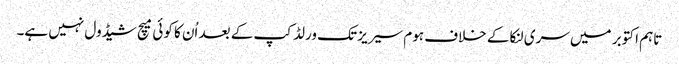
تاہم اکتوبر میں سری لنکا کے خلاف ہوم سیریز تک ورلڈ کپ کے بعد اُن کا کوئی میچ شیڈول نہیں ہے۔